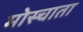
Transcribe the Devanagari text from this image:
मोस्चाता